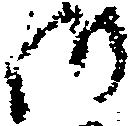
御